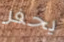
يحفر